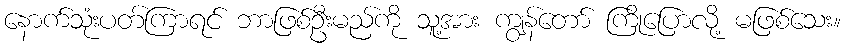
နောက်သုံးပတ်ကြာရင် ဘာဖြစ်ဦးမည်ကို သူ့အား ကျွန်တော် ကြိုပြောလို့ မဖြစ်သေး။